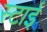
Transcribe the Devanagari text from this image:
स्टाई